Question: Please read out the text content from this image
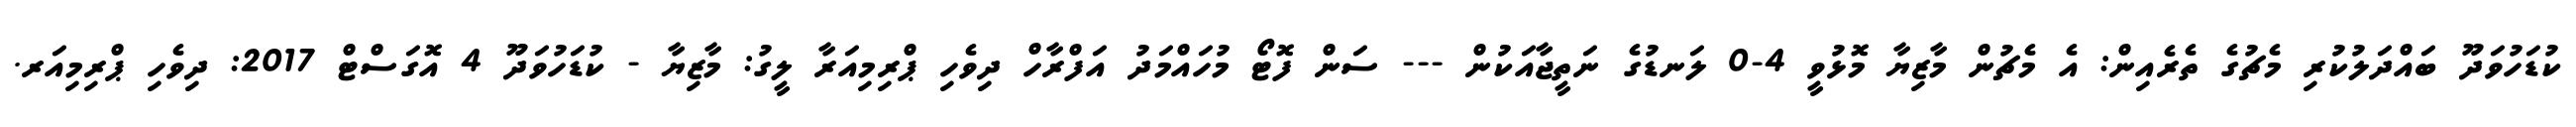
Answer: ކުޑަހުވަދޫ ބައްދަލުކުރި މެޗުގެ ތެރެއިން: އެ މެޗުން މާޒިޔާ މޮޅުވީ 4-0 ލަނޑުގެ ނަތީޖާއަކުން --- ސަން ފޮޓޯ މުހައްމަދު އަފްރާހް ދިވެހި ޕްރިމިއަރާ ލީގު: މާޒިޔާ - ކުޑަހުވަދޫ 4 އޮގަސްޓް 2017: ދިވެހި ޕްރިމިއަރ.